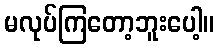
မလုပ်ကြတော့ဘူးပေါ့။